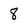
Character: 8